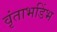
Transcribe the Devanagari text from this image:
वृंताभडिंभ